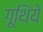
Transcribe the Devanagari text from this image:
गूथिंये